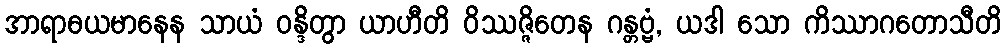
အာရာဓယမာနေန သာယံ ဝန္ဒိတွာ ယာဟီတိ ဝိဿဇ္ဇိတေန ဂန္တဗ္ဗံ, ယဒါ သော ကိဿာဂတောသီတိ